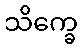
သိက္ခေ